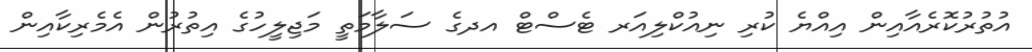
އުތުރުކޮރެއާއިން އިއްޔެ ކުރި ނިއުކްލިއަރ ޓެސްޓް އދގެ ސަލާމަތީ މަޖިލީހުގެ އިތުރުން އެމެރިކާއިން